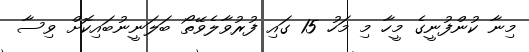
މިނާ ކުންފުނީގެ މީހާ މި މަހު 15 ގައި ފުރުވާލެވޭތޯ ބަލަނީނުބައިކޮށް ވިސާ